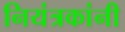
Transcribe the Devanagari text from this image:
नियंत्रकांनी